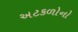
અટકળોનો